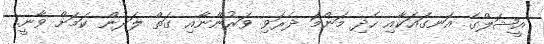
އީޝަލްގެ އަނގައަކާއި ހެދި މަންމަ ދެރަވި ވަރުންނާއި ގަތް ލަދުން ކަމަށް ވާނީ.